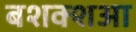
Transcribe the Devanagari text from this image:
बशक्शआ